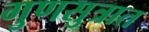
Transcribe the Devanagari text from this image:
गुणसुत्रात